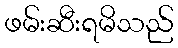
ဖမ်းဆီးရမိသည်